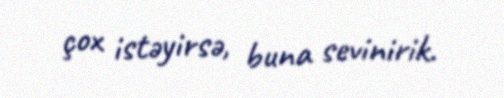
çox istəyirsə, buna sevinirik.